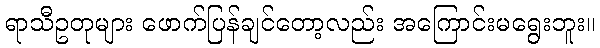
ရာသီဥတုများ ဖောက်ပြန်ချင်တော့လည်း အကြောင်းမရွေးဘူး။